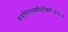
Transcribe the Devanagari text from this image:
कथमितरवल्लीपरिकरैः॥१०॥